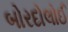
બોરદોલોઈ